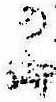
の御